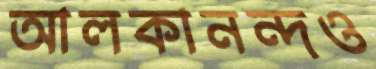
আলকানন্দও